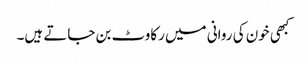
کبھی خون کی روانی میں رکاوٹ بن جاتے ہیں۔